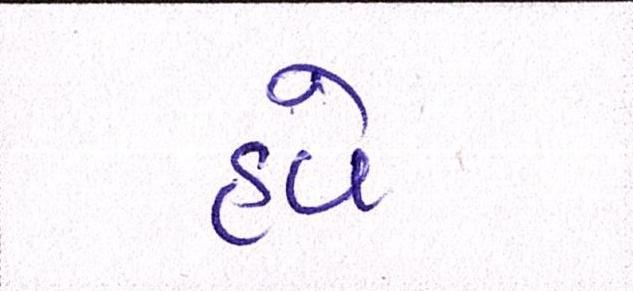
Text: હવે